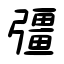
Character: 彊